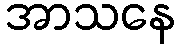
အာသနေ